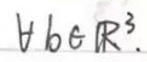
\( b \in R ^ { 3 } \)